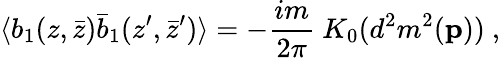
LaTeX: \langle b_{1}(z,\bar{z})\bar{b}_{1}(z^{\prime},\bar{z}^{\prime})\rangle=-{\frac{im}{2\pi}}~K_{0}(d^{2}m^{2}({\mathbf p}))~,